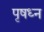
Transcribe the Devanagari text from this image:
पृषध्न